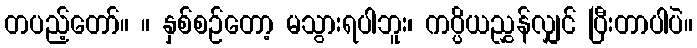
တပည့်တော်။ ။ နှစ်စဉ်တော့ မသွားရပါဘူး၊ ကပ္ပိယညွှန်လျှင် ပြီးတာပါပဲ။